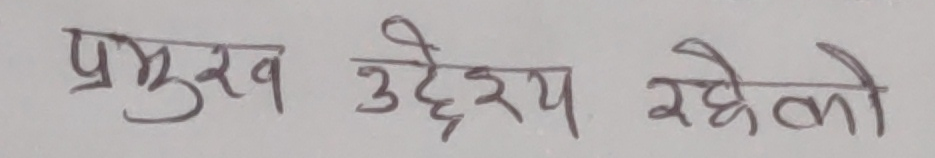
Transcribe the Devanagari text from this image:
प्रमुख उद्देश्य रहेको